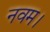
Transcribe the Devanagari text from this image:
नवम।